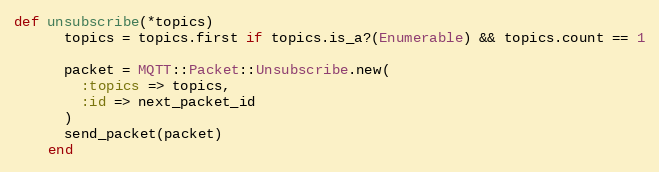
Language: Ruby
def unsubscribe(*topics)
      topics = topics.first if topics.is_a?(Enumerable) && topics.count == 1

      packet = MQTT::Packet::Unsubscribe.new(
        :topics => topics,
        :id => next_packet_id
      )
      send_packet(packet)
    end